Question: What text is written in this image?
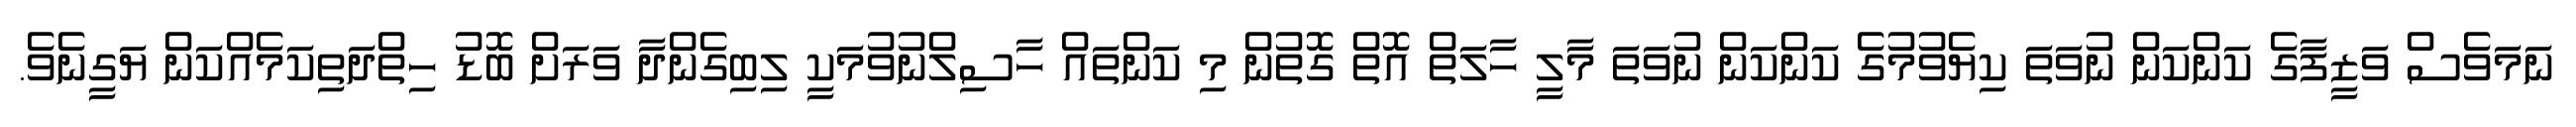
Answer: ނަމަވެސް ވަޒީފާގެ ކަންކަން ނުވަތަ ކިޔެވުމުގެ ކަންކަން ނުވަތަ މާލީ ހާލަތް އޮތް ގޮތުން މި ކަންތައް ހާސިލްނުވުމަކީ ލިބިގެންދާ ވަރަށް ބޮޑު ހިތްދަތިކަމެއްކަން ޔަގީނެވެ.